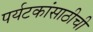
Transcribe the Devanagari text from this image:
पर्यटकांसाठीची